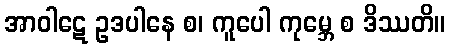
အာဝါဋေ ဥဒပါနေ စ၊ ကူပေါ ကုမ္ဘေ စ ဒိဿတိ။